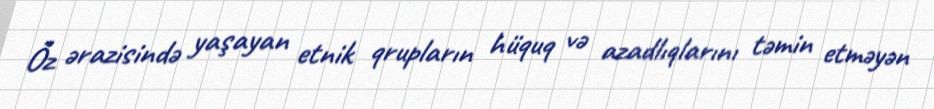
Öz ərazisində yaşayan etnik qrupların hüquq və azadlıqlarını təmin etməyən